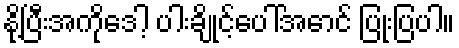
နို့ပြီးအကိုဒေါ့ ပါးချိုင့်ပေါ်အောင် ပြုံးပြပါ။